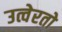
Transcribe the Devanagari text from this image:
उत्वेरतो